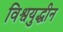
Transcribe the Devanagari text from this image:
विश्वयुद्धीन